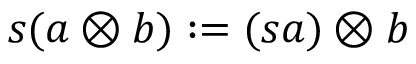
s ( a \otimes b ) : = ( s a ) \otimes b